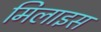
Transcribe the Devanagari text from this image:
मिलाइस